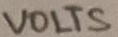
Text: VOLTS